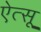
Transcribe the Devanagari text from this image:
ऐत्सू